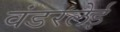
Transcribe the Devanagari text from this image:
वंडरलेई